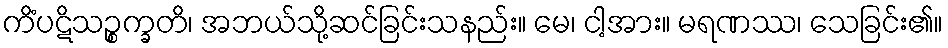
ကိံပဋိသဉ္စက္ခတိ၊ အဘယ်သို့ဆင်ခြင်းသနည်း။ မေ၊ ငါ့အား။ မရဏဿ၊ သေခြင်း၏။